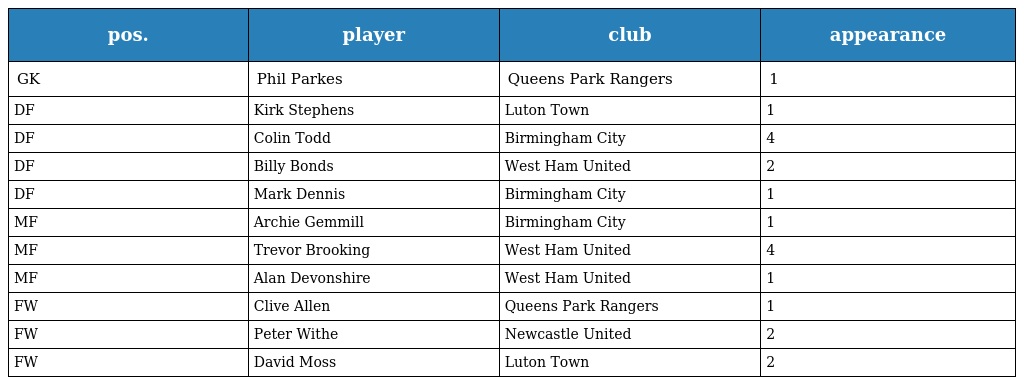
| pos. | player | club | appearance |
 | --- | --- | --- | --- |
 | GK | Phil Parkes | Queens Park Rangers | 1 |
 | DF | Kirk Stephens | Luton Town | 1 |
 | DF | Colin Todd | Birmingham City | 4 |
 | DF | Billy Bonds | West Ham United | 2 |
 | DF | Mark Dennis | Birmingham City | 1 |
 | MF | Archie Gemmill | Birmingham City | 1 |
 | MF | Trevor Brooking | West Ham United | 4 |
 | MF | Alan Devonshire | West Ham United | 1 |
 | FW | Clive Allen | Queens Park Rangers | 1 |
 | FW | Peter Withe | Newcastle United | 2 |
 | FW | David Moss | Luton Town | 2 |